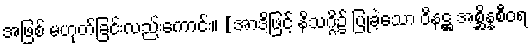
အဖြစ် မဟုတ်ခြင်းလည်းကောင်း။ [အာဒိဖြင့် နိသဂ္ဂိ၌ ပြုခဲ့သော ဝိနဋ္ဌ အစ္ဆိန္နစီဝရ